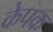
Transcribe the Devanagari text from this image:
केपक